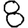
Digit: 8